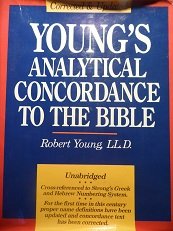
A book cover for Young's Analytical Concordance to the Bible: Corrected and Updated; Robert Young; Christian Books & Bibles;